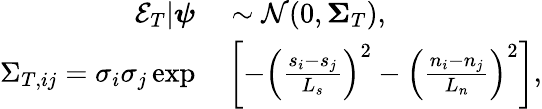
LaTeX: \begin{array}{rl}{\mathcal{E}_{T}|\boldsymbol{\psi}}&{{}\sim\mathcal{N}(0,\boldsymbol{\Sigma}_{T}),}\\ {{\Sigma}_{T,ij}=\sigma_{i}\sigma_{j}\exp}&{{}\left[-\left(\frac{s_{i}-s_{j}}{L_{s}}\right)^{2}-\left(\frac{n_{i}-n_{j}}{L_{n}}\right)^{2}\right],}\end{array}